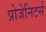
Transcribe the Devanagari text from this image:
प्रोजेनिटर्स